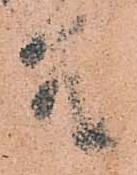
所